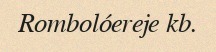
Rombolóereje kb.